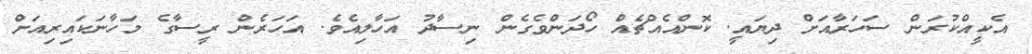
އެކީއްކުރަން ސަހަރާއަށް ދިޔައީ. ކޮންއެއްޗެއް ހޯދަންވެގެން ނިސާދު އަހާލިއެވެ. އަހަރެން ރީސާގެ މަހާނަކައިރިއަށް